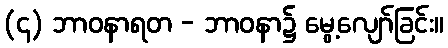
(၄) ဘာဝနာရတ - ဘာဝနာ၌ မွေ့လျော်ခြင်း။